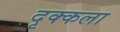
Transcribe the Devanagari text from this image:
दृक्कला